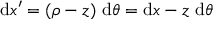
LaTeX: \mathrm { d } x ^ { \prime } = ( \rho - z ) ~ \mathrm { d } \theta = \mathrm { d } x - z ~ \mathrm { d } \theta